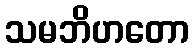
သမဘိဟတော